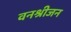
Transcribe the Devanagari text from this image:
वनश्रीजन